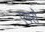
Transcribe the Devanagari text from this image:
एबरो